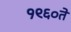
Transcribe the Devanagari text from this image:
१९६०ते